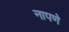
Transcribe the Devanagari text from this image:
नापणे